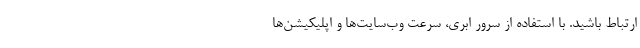
ارتباط باشید. با استفاده از سرور ابری، سرعت وب‌سایت‌ها و اپلیکیشن‌ها